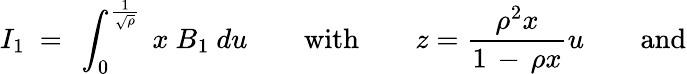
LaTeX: I_{1}\ =\ \int_{0}^{\frac{1}{\sqrt{\rho}}}\ x\ B_{1}\ du\qquad\mathrm{with}\qquad{\displaystyle z={\frac{\rho^{2}x}{1\, -\, \rho x}}u}\qquad\mathrm{and}